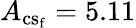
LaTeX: A_{\mathrm{{cs_{f}}}}=5.11